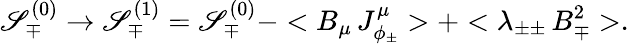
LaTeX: \mathscr{S}_{\mp}^{(0)}\rightarrow\mathscr{S}_{\mp}^{(1)}=\mathscr{S}_{\mp}^{(0)}-<B_{\mu}\, J_{\phi_{\pm}}^{\mu}>+<\lambda_{\pm\pm}\, B_{\mp}^{2}>.